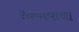
રહવાવાળા